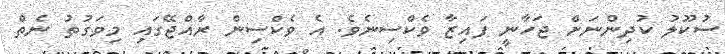
ސުކޫލު ކުދިންނަށް ޖަހާނީ ފައިޒާ ވެކްސިނެވެ. އެ ވެކްސިން ރާއްޖޭގައި މިވަގުތު ނެތް